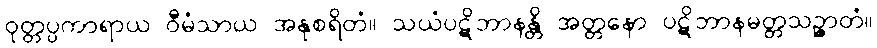
ဝုတ္တပ္ပကာရာယ ဝီမံသာယ အနုစရိတံ။ သယံပဋိဘာနန္တိ အတ္တနော ပဋိဘာနမတ္တသဉ္ဇာတံ။